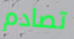
تصادم